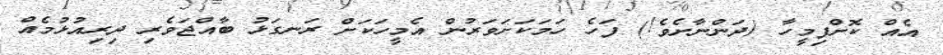
އެއް ކޮށްފިމީހާ (ދަންނާށެވެ!) ފަހެ ހަމަކަށަވަރުން އެމީހަކަށް ރަނގަޅު ބާއްޖަވެރި ދިރިއުޅުމެއް